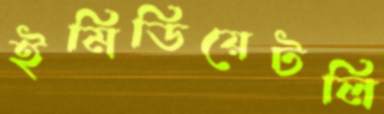
ইমিডিয়েটলি